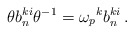
\begin{align*}\theta b_n^{ki}\theta^{-1}={\omega_p}^kb_n^{ki}\,.\end{align*}